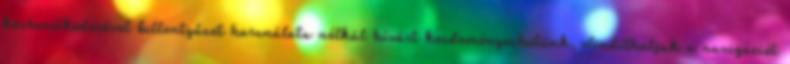
közreműködésével billentyűzet használata nélkül hívást kezdeményezhetünk, elindíthatjuk a navigációt